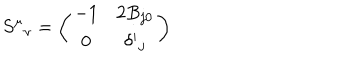
S ^ { \mu } { } _ { \nu } = \left( \begin{matrix} { { - 1 } } & { { 2 B _ { j 0 } } } \\ { { 0 } } & { { \delta ^ { i } { } _ { j } } } \\ \end{matrix} \right)